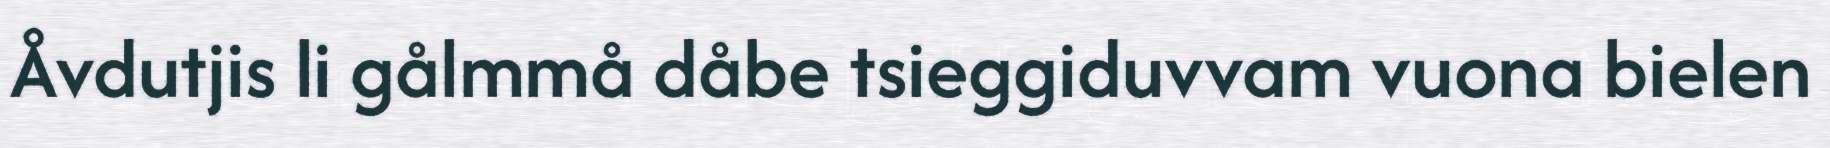
Åvdutjis li gålmmå dåbe tsieggiduvvam vuona bielen